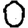
Digit: 0